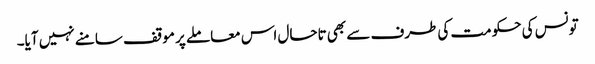
تونس کی حکومت کی طرف سے بھی تاحال اس معاملے پر موقف سامنے نہیں آیا۔